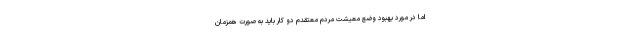
اما در مورد بهبود وضع معیشت مردم معتقدم دو کار باید به صورت همزمان